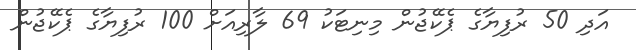
އަދި 50 ރުފިޔާގެ ޕެކޭޖުން މިނިޓަކު 69 ލާރިއަށް 100 ރުފިޔާގެ ޕެކޭޖުން